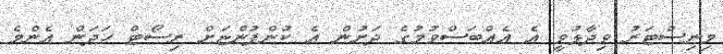
މިނިސްޓަރު ވިދާޅުވީ އެ އެއްބަސްވުމުގެ ދަށުން އެ ކުންފުންޏަށް ރިސޯޓް ހަދަން އެންމެ